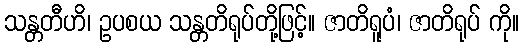
သန္တတီဟိ၊ ဥပစယ သန္တတိရုပ်တို့ဖြင့်။ ဇာတိရူပံ၊ ဇာတိရုပ် ကို။